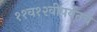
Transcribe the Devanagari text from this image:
११व१२वीपर्यंतचे